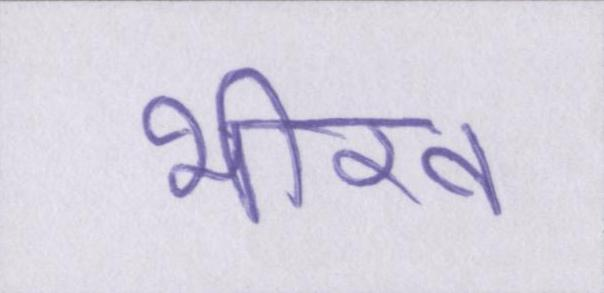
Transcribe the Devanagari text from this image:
भीख